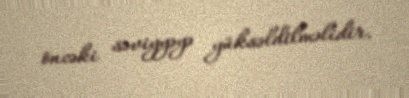
öncəki səviyyəyə yüksəldilməlidir.